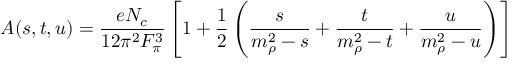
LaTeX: A ( s , t , u ) = { \frac { e N _ { c } } { 1 2 \pi ^ { 2 } F _ { \pi } ^ { 3 } } } \left[ 1 + { \frac { 1 } { 2 } } \left( { \frac { s } { m _ { \rho } ^ { 2 } - s } } + { \frac { t } { m _ { \rho } ^ { 2 } - t } } + { \frac { u } { m _ { \rho } ^ { 2 } - u } } \right) \right]